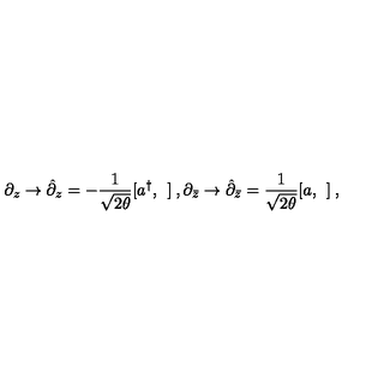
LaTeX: \partial _ { z } \rightarrow \hat { \partial } _ { z } = - \frac { 1 } { \sqrt { 2 \theta } } [ a ^ { \dag } , \: \: ] \: , \partial _ { \bar { z } } \rightarrow \hat { \partial } _ { \bar { z } } = \frac { 1 } { \sqrt { 2 \theta } } [ a , \: \: ] \: ,